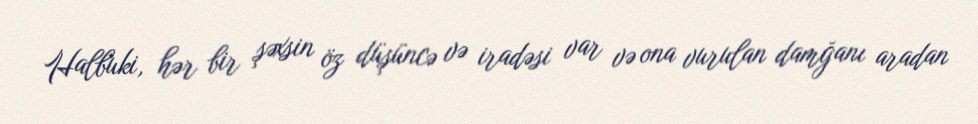
Halbuki, hər bir şəxsin öz düşüncə və iradəsi var və ona vurulan damğanı aradan